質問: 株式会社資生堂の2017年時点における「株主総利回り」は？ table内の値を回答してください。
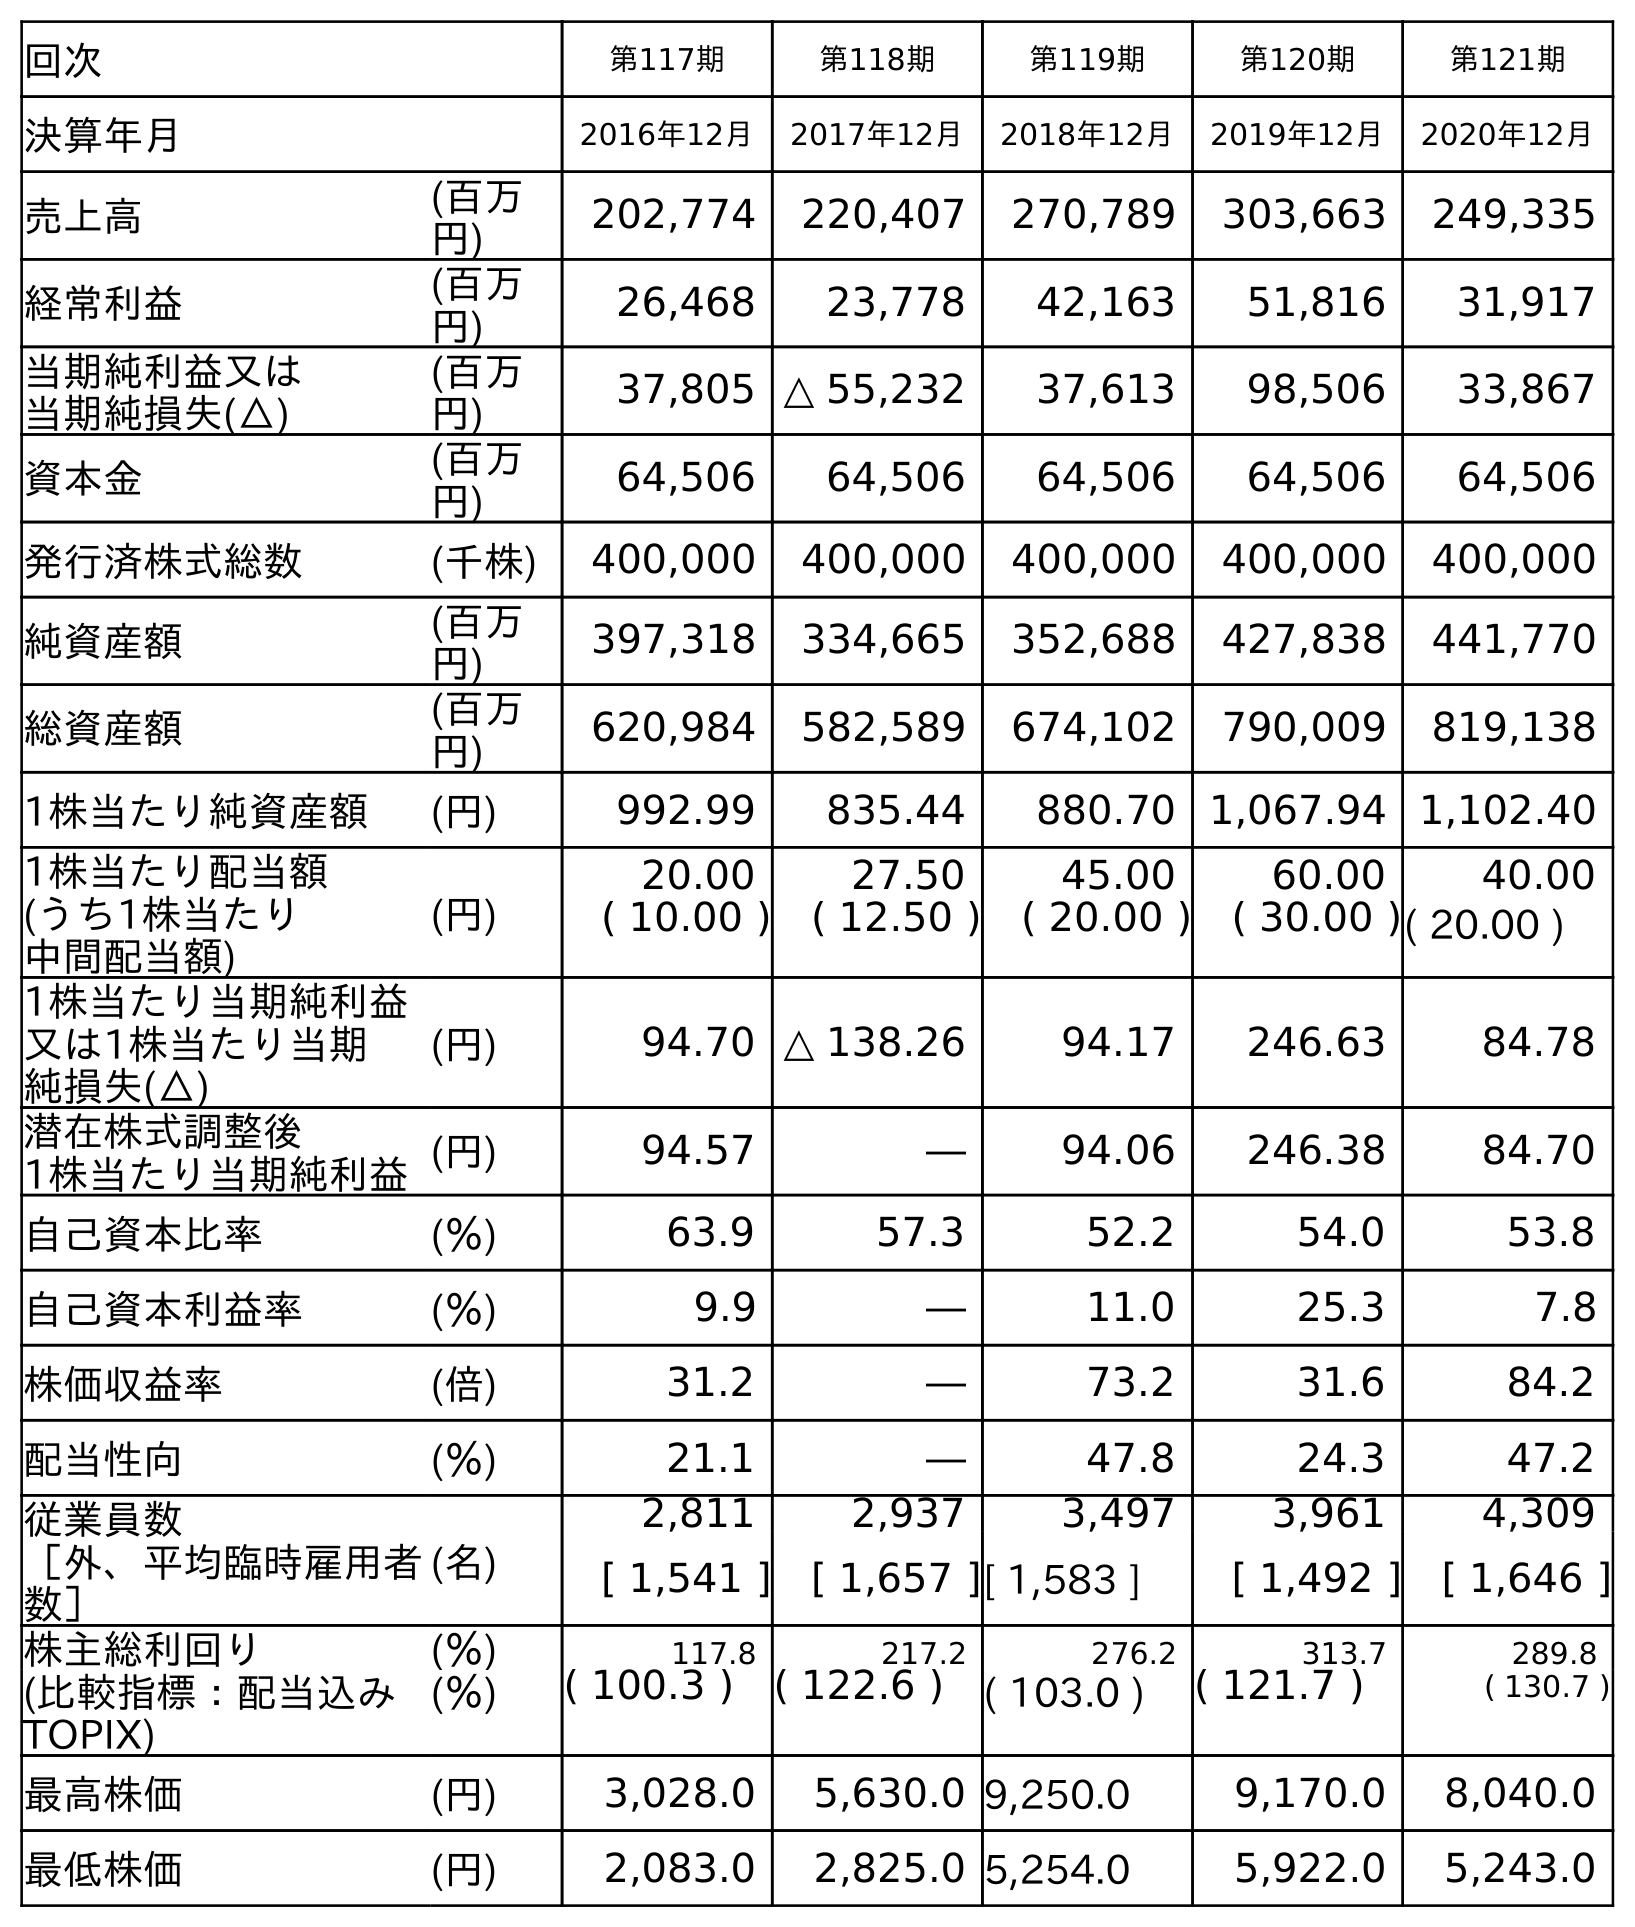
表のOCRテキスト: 回次 第117期 第118期 第119期 第120期 第121期 決算年月 2016年12月 2017年12月 2018年12月 2019年12月 2020年12月 売上高 (百万 円) 202,774 220,407 270,789 303,663 249,335 経常利益 (百万 円) 26,468 23,778 42,163 51,816 31,917 当期純利益又は 当期純損失(△) (百万 円) 37,805 △ 55,232 37,613 98,506 33,867 資本金 (百万 円) 64,506 64,506 64,506 64,506 64,506 発行済株式総数 (千株) 400,000 400,000 400,000 400,000 400,000 純資産額 (百万 円) 397,318 334,665 352,688 427,838 441,770 総資産額 (百万 円) 620,984 582,589 674,102 790,009 819,138 1株当たり純資産額 (円) 992.99 835.44 880.70 1,067.94 1,102.40 1株当たり配当額 (うち1株当たり 中間配当額) (円) 20.00 27.50 45.00 60.00 40.00 ( 10.00 ) ( 12.50 ) ( 20.00 ) ( 30.00 )( 20.00 ) 1株当たり当期純利益 又は1株当たり当期 純損失(△) (円) 94.70 △ 138.26 94.17 246.63 84.78 潜在株式調整後 1株当たり当期純利益(円) 94.57 ― 94.06 246.38 84.70 自己資本比率 (％) 63.9 57.3 52.2 54.0 53.8 自己資本利益率 (％) 9.9 ― 11.0 25.3 7.8 株価収益率 (倍) 31.2 ― 73.2 31.6 84.2 配当性向 (％) 21.1 ― 47.8 24.3 47.2 従業員数 ［外、平均臨時雇用者 数］ (名) 2,811 2,937 3,497 3,961 4,309 [ 1,541 ] [ 1,657 ][ 1,583 ] [ 1,492 ] [ 1,646 ] 株主総利回り (％) 117.8 217.2 276.2 313.7 289.8 (比較指標：配当込み TOPIX) (％) ( 100.3 ) ( 122.6 ) ( 103.0 ) ( 121.7 ) ( 130.7 ) 最高株価 (円) 3,028.0 5,630.0 9,250.0 9,170.0 8,040.0 最低株価 (円) 2,083.0 2,825.0 5,254.0 5,922.0 5,243.0
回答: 217.2